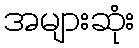
အများဆုံး